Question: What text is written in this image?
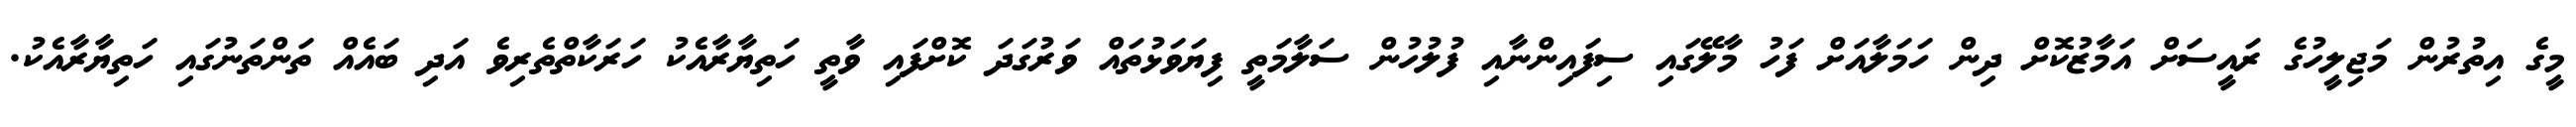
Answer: މީގެ އިތުރުން މަޖިލީހުގެ ރައީސަށް އަމާޒުކޮށް ދިން ހަމަލާއަށް ފަހު މާލޭގައި ސިފައިންނާއި ފުލުހުން ސަލާމަތީ ފިޔަވަޅުތައް ވަރުގަދަ ކޮށްފައި ވާތީ ހަތިޔާރާއެކު ހަރަކާތްތެރިވެ އަދި ބައެއް ތަންތަނުގައި ހަތިޔާރާއެކު.